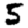
Digit: 5